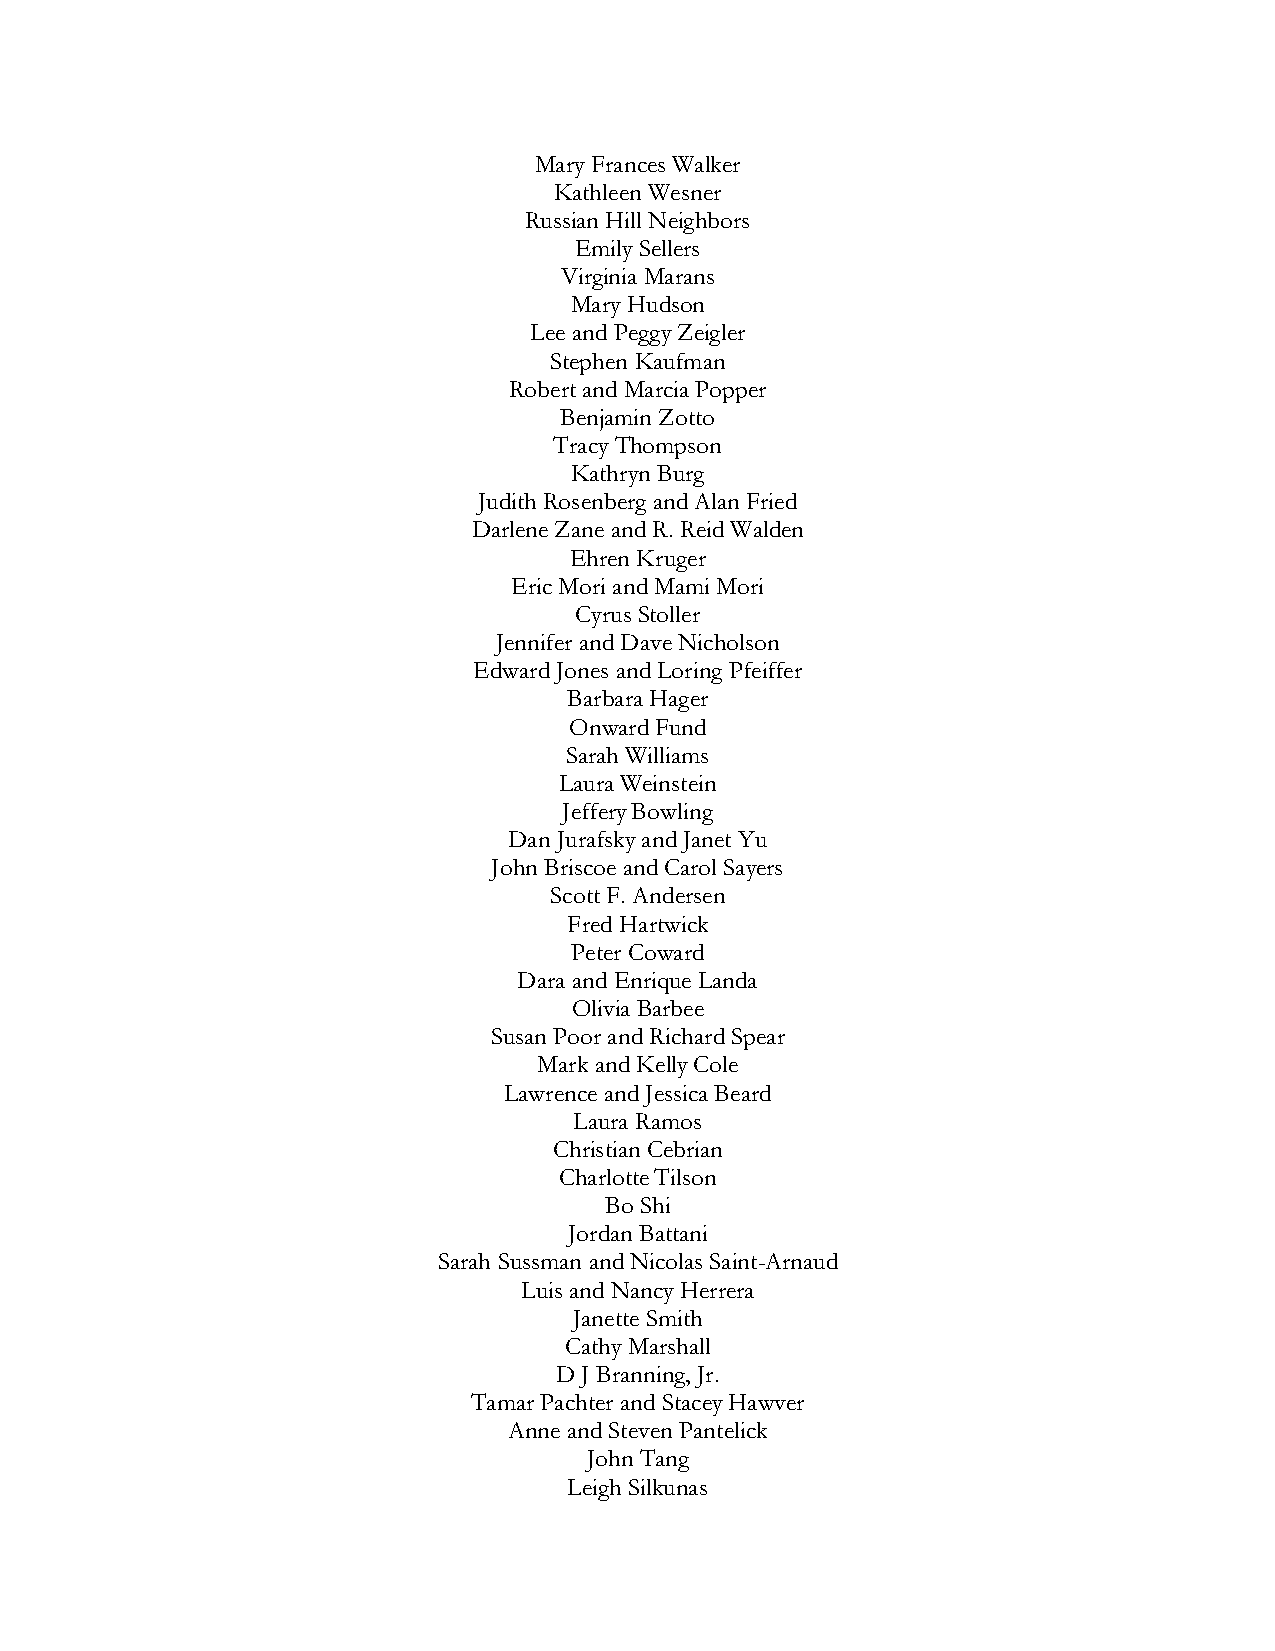
Mary Frances Walker
 Kathleen Wesner
 Russian Hill Neighbors
 Emily Sellers
 Virginia Marans
 Mary Hudson
 Lee and Peggy Zeigler
 Stephen Kaufman
 Robert and Marcia Popper
 Benjamin Zotto
 Tracy Thompson
 Kathryn Burg
 Judith Rosenberg and Alan Fried
 Darlene Zane and R. Reid Walden
 Ehren Kruger
 Eric Mori and Mami Mori
 Cyrus Stoller
 Jennifer and Dave Nicholson
 Edward Jones and Loring Pfeiffer
 Barbara Hager
 Onward Fund
 Sarah Williams
 Laura Weinstein
 Jeffery Bowling
 Dan Jurafsky and Janet Yu
 John Briscoe and Carol Sayers
 Scott F. Andersen
 Fred Hartwick
 Peter Coward
 Dara and Enrique Landa
 Olivia Barbee
 Susan Poor and Richard Spear
 Mark and Kelly Cole
 Lawrence and Jessica Beard
 Laura Ramos
 Christian Cebrian
 Charlotte Tilson
 Bo Shi
 Jordan Battani
 Sarah Sussman and Nicolas Saint-Arnaud
 Luis and Nancy Herrera
 Janette Smith
 Cathy Marshall
 D J Branning, Jr.
 Tamar Pachter and Stacey Hawver
 Anne and Steven Pantelick
 John Tang
 Leigh Silkunas